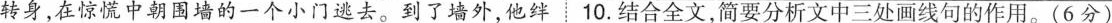
转身，在惊慌中朝围墙的一个小门逃去。到了墙外，他绊10.结合全文，简要分析文中三处画线句的作用。(6分)